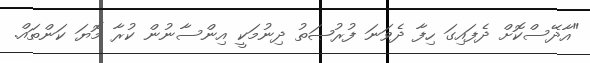
"އާދޭސްކޮށް ދެފައިގަ ހިފާ ދެވަނަ ފުރުޞަތު ދިނުމަކީ އިންސާނުން ކުރާ މޮޔަ ކަންތައް.